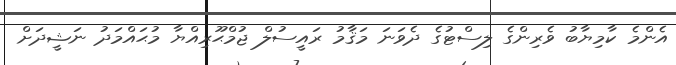
އެންމެ ކާމިޔާބު ވެރިންގެ ލިސްޓުގެ ދެވަނަ މަޤާމު ރައީސުލް ޖުމްޙޫރިއްޔާ މުޙައްމަދު ނަޝީދަށް